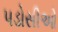
પડોસીઓ